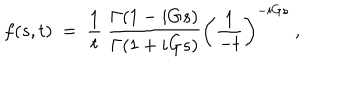
f ( s , t ) ~ = ~ { \frac { 1 } { t } } ~ \frac { \Gamma ( 1 - i G s ) } { \Gamma ( 1 + i G s ) } \left( \frac { 1 } { - t } \right) ^ { - i G s } ~ ,